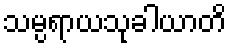
သမ္ပရာယသုခါယာတိ